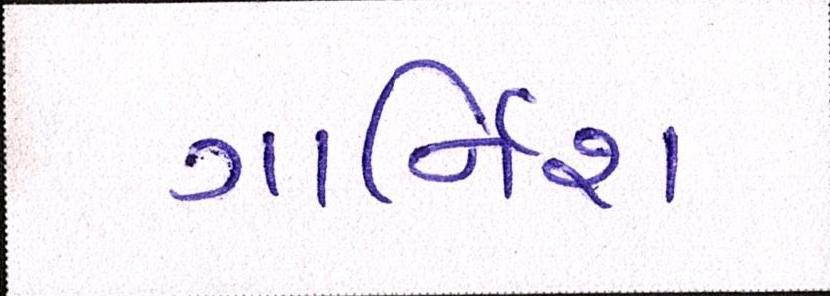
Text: ગાર્નિશ